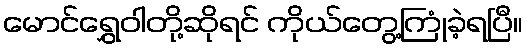
မောင်ရွှေဝါတို့ဆိုရင် ကိုယ်တွေ့ကြုံခဲ့ရပြီ။